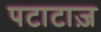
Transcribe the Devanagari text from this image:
पटाटाज़